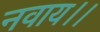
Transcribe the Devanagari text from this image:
नवाय।।